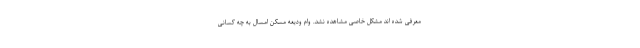
معرفی شده اند مشکل خاصی مشاهده نشد. وام ودیعه مسکن امسال به چه کسانی